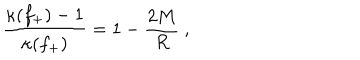
LaTeX: \frac { \kappa ( f _ { + } ) - 1 } { \kappa ( f _ { + } ) } = 1 - \frac { 2 M } { R } \ ,